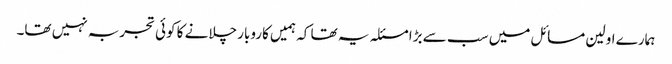
ہمارے اولین مسائل میں سب سے بڑا مسئلہ یہ تھا کہ ہمیں کاروبار چلانے کا کوئی تجربہ نہیں تھا۔